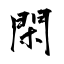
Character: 閑